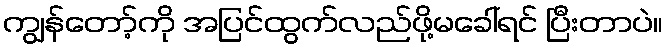
ကျွန်တော့်ကို အပြင်ထွက်လည်ဖို့မခေါ်ရင် ပြီးတာပဲ။